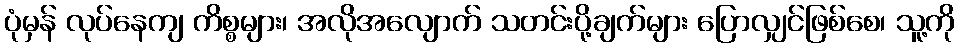
ပုံမှန် လုပ်နေကျ ကိစ္စများ၊ အလိုအလျောက် သတင်းပို့ချက်များ ပြောလျှင်ဖြစ်စေ၊ သူ့ကို